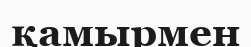
қамырмен